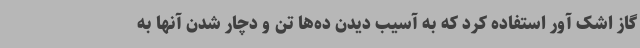
گاز اشک آور استفاده کرد که به آسیب دیدن ده‌ها تن و دچار شدن آنها به